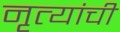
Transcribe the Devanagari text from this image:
नृत्यांची